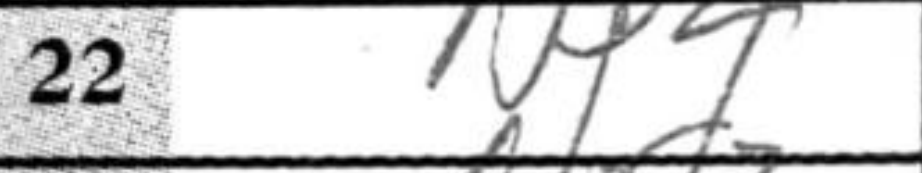
Transcription: Nd4